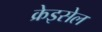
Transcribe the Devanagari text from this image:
क्रेइसेल